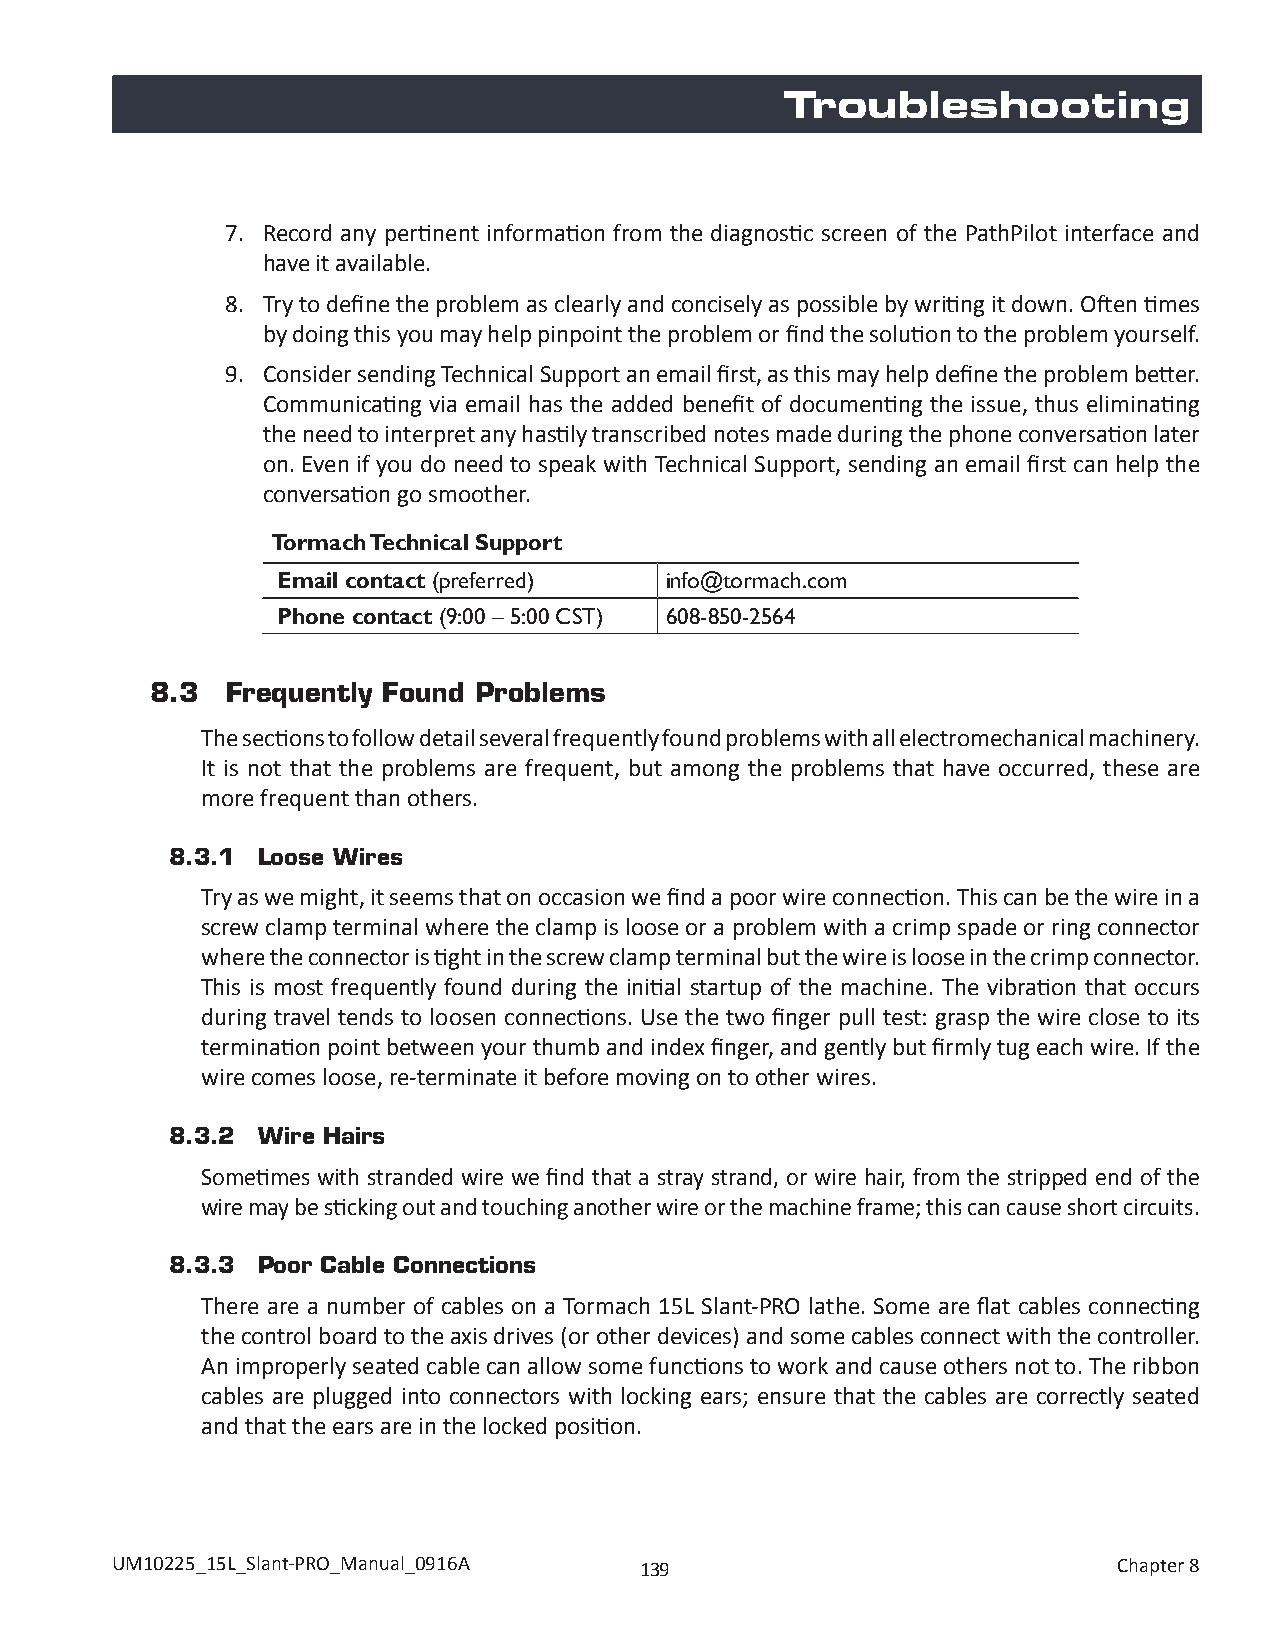
Troubleshooting
 7. Record any pertinent information from the diagnostic screen of the PathPilot interface and
 have it available.
 8. Try to define the problem as clearly and concisely as possible by writing it down. Often times
 by doing this you may help pinpoint the problem or find the solution to the problem yourself.
 9. Consider sending Technical Support an email first, as this may help define the problem better.
 Communicating via email has the added benefit of documenting the issue, thus eliminating
 the need to interpret any hastily transcribed notes made during the phone conversation later
 on. Even if you do need to speak with Technical Support, sending an email first can help the
 conversation go smoother.
 Tormach Technical Support
 Email contact (preferred) info@tormach.com
 Phone contact (9:00 – 5:00 CST) 608-850-2564
 8.3  Frequently Found Problems
 The sections to follow detail several frequently found problems with all electromechanical machinery.
 It is not that the problems are frequent, but among the problems that have occurred, these are
 more frequent than others.
 8.3.1 Loose Wires
 Try as we might, it seems that on occasion we find a poor wire connection. This can be the wire in a
 screw clamp terminal where the clamp is loose or a problem with a crimp spade or ring connector
 where the connector is tight in the screw clamp terminal but the wire is loose in the crimp connector.
 This is most frequently found during the initial startup of the machine. The vibration that occurs
 during travel tends to loosen connections. Use the two finger pull test: grasp the wire close to its
 termination point between your thumb and index finger, and gently but firmly tug each wire. If the
 wire comes loose, re-terminate it before moving on to other wires.
 8.3.2 Wire Hairs
 Sometimes with stranded wire we find that a stray strand, or wire hair, from the stripped end of the
 wire may be sticking out and touching another wire or the machine frame; this can cause short circuits.
 8.3.3 Poor Cable Connections
 There are a number of cables on a Tormach 15L Slant-PRO lathe. Some are flat cables connecting
 the control board to the axis drives (or other devices) and some cables connect with the controller.
 An improperly seated cable can allow some functions to work and cause others not to. The ribbon
 cables are plugged into connectors with locking ears; ensure that the cables are correctly seated
 and that the ears are in the locked position.
 UM10225_15L_Slant-PRO_Manual_0916A 139                             Chapter 8